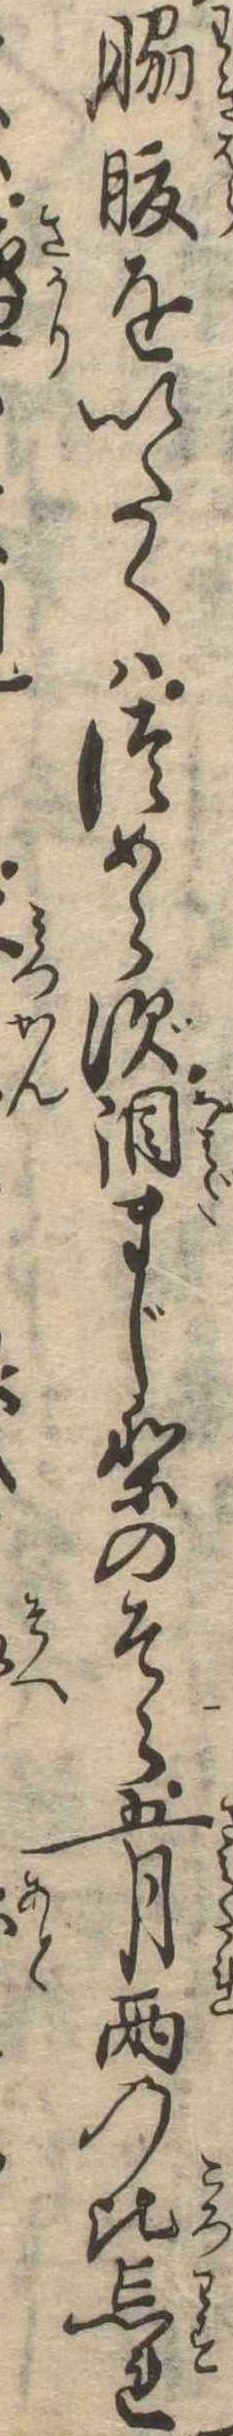
脇腹をいたくはつめらず涙まじりのそら五月雨の比忘れ